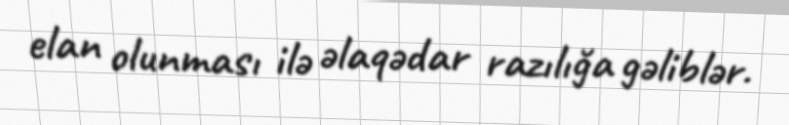
elan olunması ilə əlaqədar razılığa gəliblər.